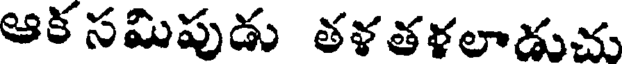
ఆక సమిపుడు తళతళలాడుచు